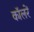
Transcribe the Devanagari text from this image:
कॉलरें